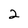
Character: 2